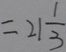
= 2 1 \frac { 1 } { 3 }